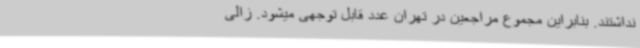
نداشتند. بنابراین مجموع مراجعین در تهران عدد قابل توجهی میشود. زالی